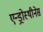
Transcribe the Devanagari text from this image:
एन्ड्रोस्थीनेस